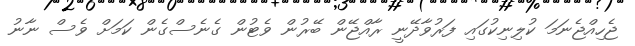
ޖެހިއްޖެނަމަ ކުލިނިކުގައި ފަރުވާދޭނީ ރާއްޖޭން ބޭރުން ވެޓުން ގެނެސްގެން ކަމަށް ވެސް ނާނު